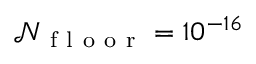
\mathcal { N } _ { \mathrm { ~ f ~ l ~ o ~ o ~ r ~ } } = 1 0 ^ { - 1 6 }